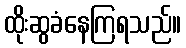
ထိုးဆွခံနေကြရသည်။